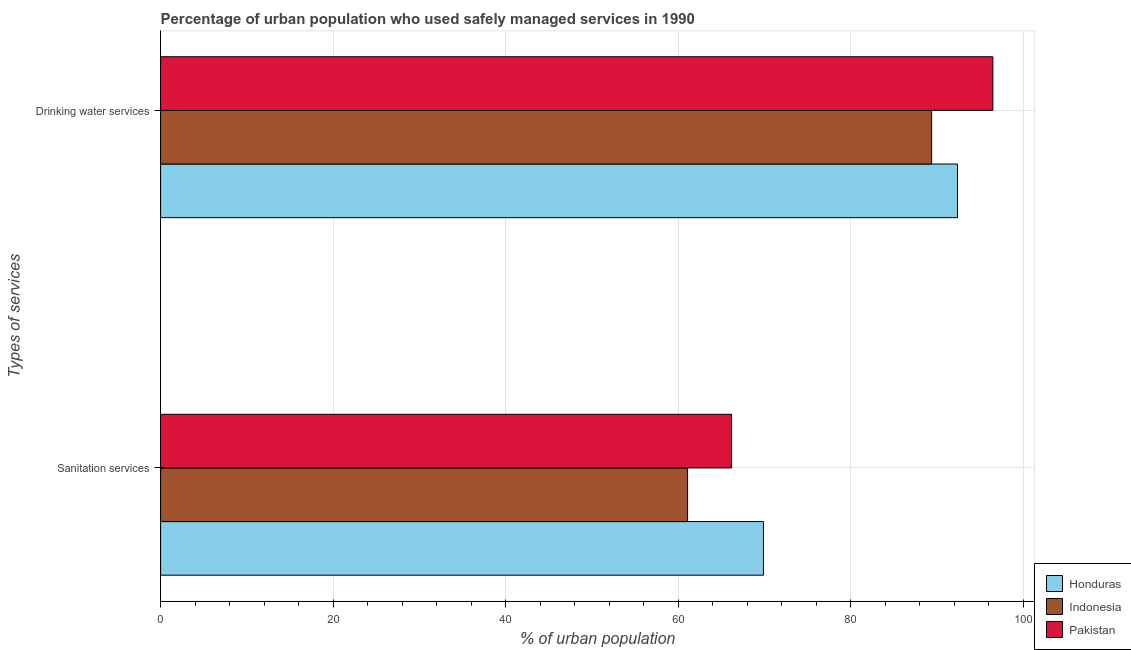
| Types of services | Honduras | Indonesia | Pakistan |
 | --- | --- | --- | --- |
 | Sanitation services | 69.9 | 61.1 | 66.2 |
 | Drinking water services | 92.4 | 89.4 | 96.5 |